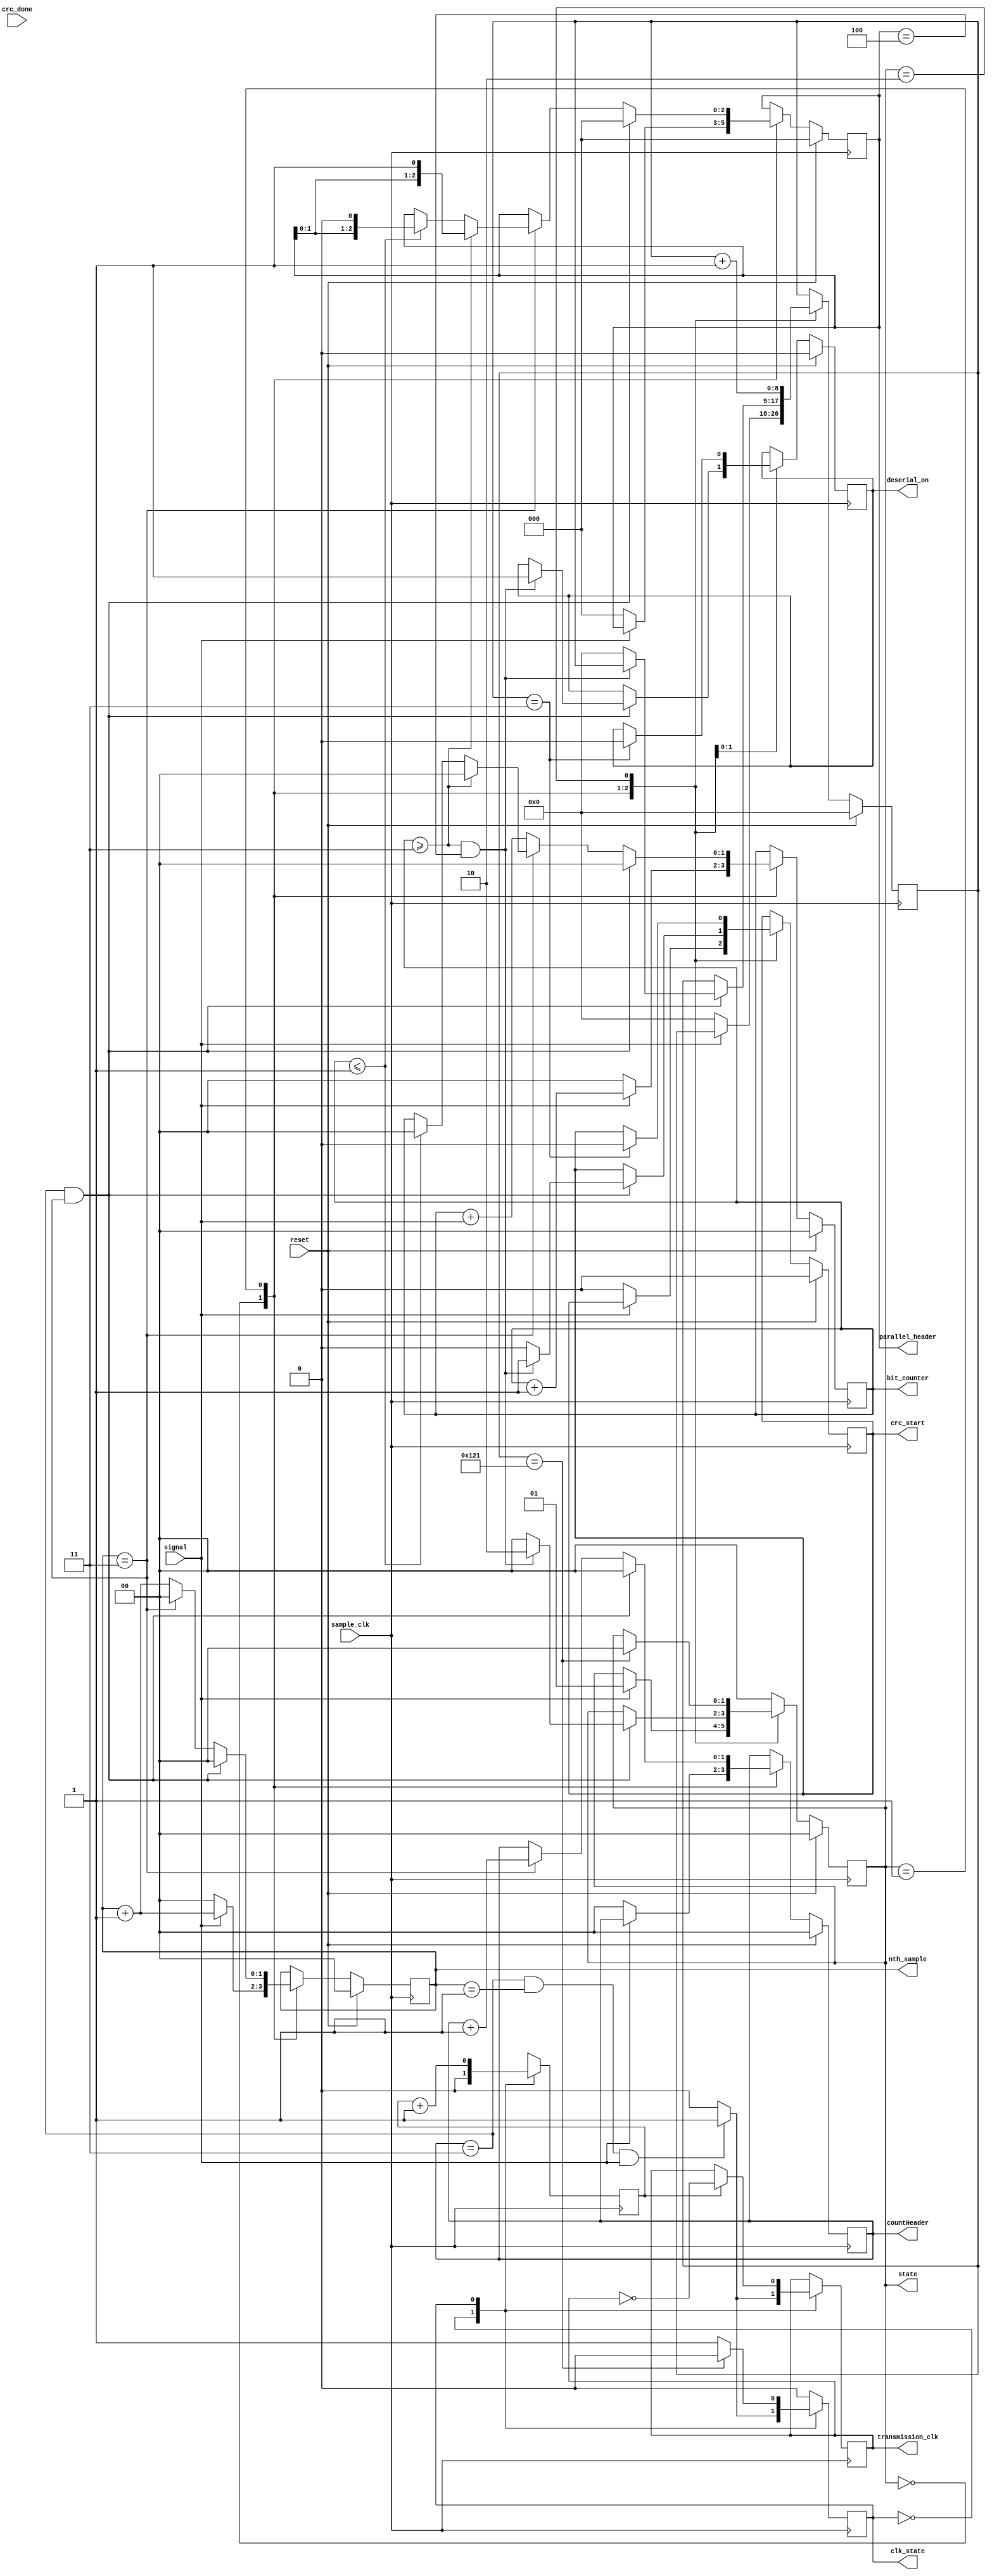
`timescale 1ns / 1ps
//////////////////////////////////////////////////////////////////////////////////
// Company: 
// Engineer: 
// 
// Design Name: 
// Module Name:    checkpoint 
// Project Name: 
// Target Devices: 
// Tool versions: 
// Description: 
//
// Dependencies: 
//
// Revision: 
// Revision 0.01 - File Created
// Additional Comments: 
//
//////////////////////////////////////////////////////////////////////////////////
module checkpoint(
	 input sample_clk,
	 input reset,
	 input signal,
	 input crc_done,
	 output reg crc_start,
	 output reg deserial_on =0,
	 output reg [1:0] countHeader =0,
	 output reg [1:0] state,
	 output reg clk_state,
	 output reg [2:0] parallel_header,
	 output reg [1:0] bit_counter,
	 output reg [1:0] nth_sample,
	 output reg transmission_clk
    );
	 
	  
	 reg start_parallel;
	 reg [8:0] process_counter;
	 reg clock_divide_count;
	 
	 parameter S_IDLE = 0;
	 parameter S_CHECK_HEADER = 1;
	 parameter S_PROCESSING_DATA = 2;
	 
	 parameter S_WAIT = 0;
	 parameter S_CLK = 1;
	 
	 initial begin
		transmission_clk <= 0;
		start_parallel <= 0; 
		crc_start <= 0;
		countHeader <= 0;
		parallel_header <= 0;
		deserial_on <= 0;
		process_counter <= 0;
		bit_counter <= 0;
		nth_sample <= 0;
		state <= 0;
		clock_divide_count <= 0;
	 end
	 
	 always @(posedge sample_clk) begin 
	 
		if (reset) begin
			start_parallel <= 0; 
			crc_start <= 0;
			countHeader <= 0;
			parallel_header <= 0;
			deserial_on <= 0;
			process_counter <= 0;
			bit_counter <= 0;
			nth_sample <= 0;
			state <= S_IDLE;
		end
		
		else case (state) 
			S_IDLE: begin 
				if (~signal) begin ///////////////////
					start_parallel <= 0; 
					crc_start <= 0;
					countHeader <= 0;
					parallel_header <=0;
					process_counter <= 0;
					bit_counter <= 0;
					nth_sample <= 0;
				end
				else if (signal) begin
					state <= S_CHECK_HEADER;
					bit_counter <= bit_counter + 1;
					nth_sample <= nth_sample + 1;
				end
			end
			
			S_CHECK_HEADER: begin
					
					nth_sample <= nth_sample + 1; 
					if (countHeader == 3 && nth_sample == 3) begin
						if (bit_counter >= 3 && parallel_header == 3'b100) begin // got final 1, header correctly processed
							state <= S_PROCESSING_DATA;
							crc_start <= 1;
							deserial_on <= 1;
							countHeader <= 0;
							nth_sample <= 0;
							bit_counter <= 0;
							parallel_header <=0;
							start_parallel <= 1; ////////////////////////
						end
						else begin
							state <= S_IDLE; // incorrect header, reset to idle state
							start_parallel <= 0; 
							crc_start <= 0;
							countHeader <= 0;
							parallel_header <=0;
							process_counter <= 0;
							bit_counter <= 0;
							nth_sample <= 0;
						end
						
					end
					
					else if (nth_sample == 3) begin // got to 4th sample of bit
						countHeader <= countHeader + 1; // next full bit
						nth_sample <= 0; // reset sample back to zero
						
						if (bit_counter >= 3) begin
							parallel_header[2:0] <= {parallel_header[1:0],1'b1}; // received 1
							bit_counter <= 0;
						end
						
						else if (bit_counter <= 1) begin
							parallel_header[2:0] <= {parallel_header[1:0],1'b0}; // received 0
							bit_counter <= 0;
						end
					end	
						
					else bit_counter <= bit_counter + signal;
						

			end
					
			S_PROCESSING_DATA: begin
				process_counter <= process_counter + 1;
				if (process_counter == 3) begin
					crc_start <= 0;
					deserial_on <= 0;
					start_parallel <= 0;
				end
				if (process_counter == 289) state <= S_IDLE;
			end //state 
			
			default: state <= S_IDLE;
		
		endcase 
		

		// start new case for sub fsm
		case (clk_state)
		 
		S_WAIT: begin
			if (countHeader == 3 && nth_sample == 1 && signal == 1) begin
				transmission_clk <= 1;
				clock_divide_count <= 0;
				clk_state <= S_CLK;
			end
			else begin
				transmission_clk <= 0;
				clock_divide_count <= 0;
			end
		end
		
		S_CLK: begin
			clock_divide_count <= clock_divide_count + 1;
			if (clock_divide_count == 1) transmission_clk <= ~transmission_clk;
			if (process_counter == 289) clk_state <= S_WAIT;
			
		end
		
		default: clk_state <= S_WAIT;
		
		endcase
	
	 end //always
	 
endmodule